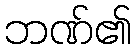
ဘဏ်၏